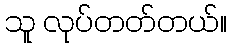
သူ လုပ်တတ်တယ်။